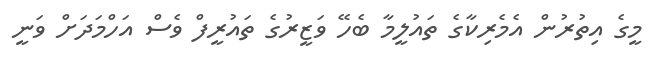
މީގެ އިތުރުން އެމެރިކާގެ ތައުލީމާ ބެހޭ ވަޒީރުގެ ތައުރީފް ވެސް އަހްމަދަށް ވަނީ